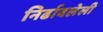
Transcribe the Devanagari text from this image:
निर्ढावलेली